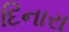
દિનારા